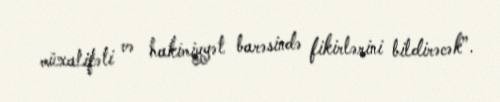
müxalifəti və hakimiyyət barəsində fikirlərini bildirəcək”.